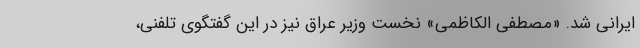
ایرانی شد. «مصطفی الکاظمی» نخست وزیر عراق نیز در این گفتگوی تلفنی،